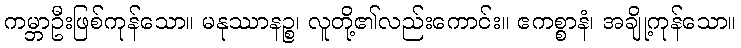
ကမ္ဘာဦးဖြစ်ကုန်သော။ မနုဿာနဉ္စ၊ လူတို့၏လည်းကောင်း။ ဧကစ္စာနံ၊ အချို့ကုန်သော။